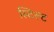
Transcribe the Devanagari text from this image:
स्टिल्ट